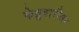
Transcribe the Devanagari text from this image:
फेब्रुवारीसह